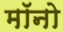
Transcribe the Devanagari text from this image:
मॉनो